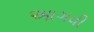
આગવી